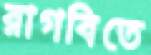
রাগবিতে